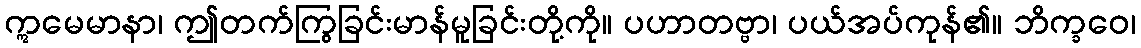
ဣမေမာနာ၊ ဤတက်ကြွခြင်းမာန်မူခြင်းတို့ကို။ ပဟာတဗ္ဗာ၊ ပယ်အပ်ကုန်၏။ ဘိက္ခဝေ၊